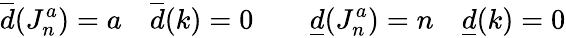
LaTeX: \overline{{{d}}}(J_{n}^{a})=a\quad\overline{{{d}}}(k)=0\qquad\underline{{{d}}}(J_{n}^{a})=n\quad\underline{{{d}}}(k)=0